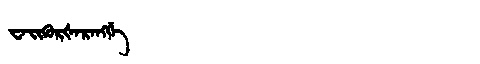
Manchu: ᠸᠠᡳᡴᡠᡵᡧᠠᡵᠠᠩᡤᡝ
Romanization: WAIKURŠARANGGE